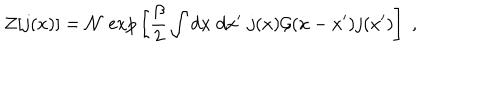
{ \cal Z } [ j ( x ) ] = { \cal N } \; \mathrm { e x p } \left[ { \frac { \beta } { 2 } } \int d x \; d x ^ { \prime } \; j ( x ) { \cal G } ( x - x ^ { \prime } ) j ( x ^ { \prime } ) \right] \; ,